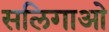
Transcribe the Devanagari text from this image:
सलिगाओ